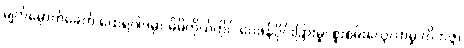
မျက်မှောက်ခေတ် ထေရဝါဒမှာ မိမိကိုယ်တိုင် ဝေဖန်ပိုင်းခြားမှု၊ စူးစမ်းလေ့လာမှု (ဝိဘဇ္ဇ)